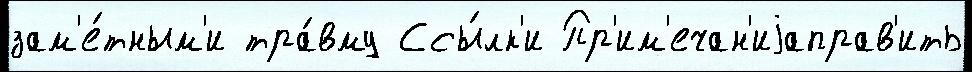
зам'е́тным'и тра́вму Ссы́лк'и Пр'им'ечан'иjаправ'ить